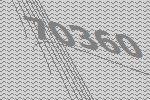
70360